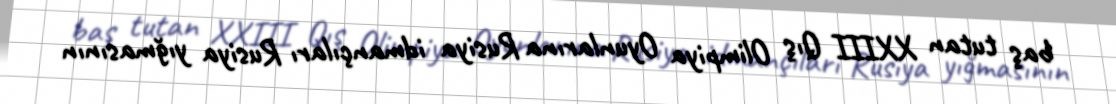
baş tutan XXIII Qış Olimpiya Oyunlarına Rusiya idmançıları Rusiya yığmasının